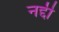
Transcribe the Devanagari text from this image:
नद्दी